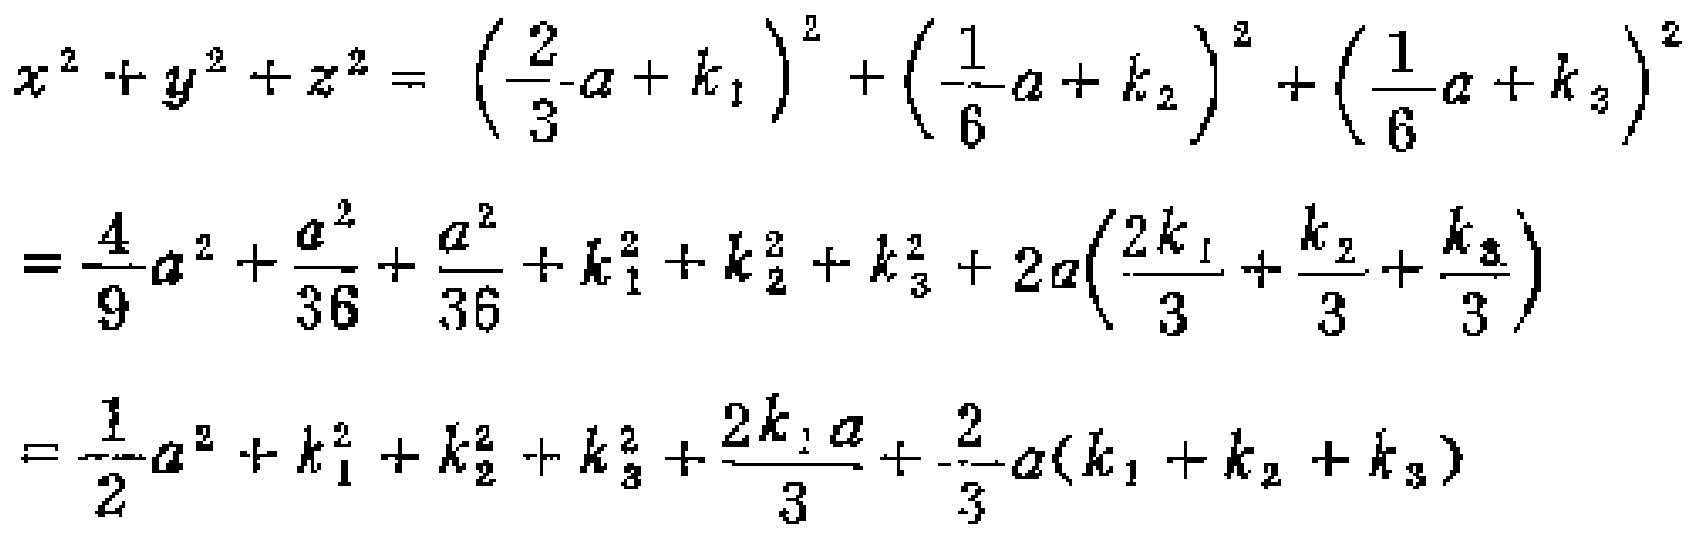
\[

\begin{align*}

x^{2}+y^{2}+z^{2}&=\left(\frac{2}{3}a + k_{1}\right)^{2}+\left(\frac{1}{6}a + k_{2}\right)^{2}+\left(\frac{1}{6}a + k_{3}\right)^{2}\\

&=\frac{4}{9}a^{2}+\frac{a^{2}}{36}+\frac{a^{2}}{36}+k_{1}^{2}+k_{2}^{2}+k_{3}^{2}+2a\left(\frac{2k_{1}}{3}+\frac{k_{2}}{3}+\frac{k_{3}}{3}\right)\\

&=\frac{1}{2}a^{2}+k_{1}^{2}+k_{2}^{2}+k_{3}^{2}+\frac{2k_{1}a}{3}+\frac{2}{3}a(k_{1}+k_{2}+k_{3})

\end{align*}

\]